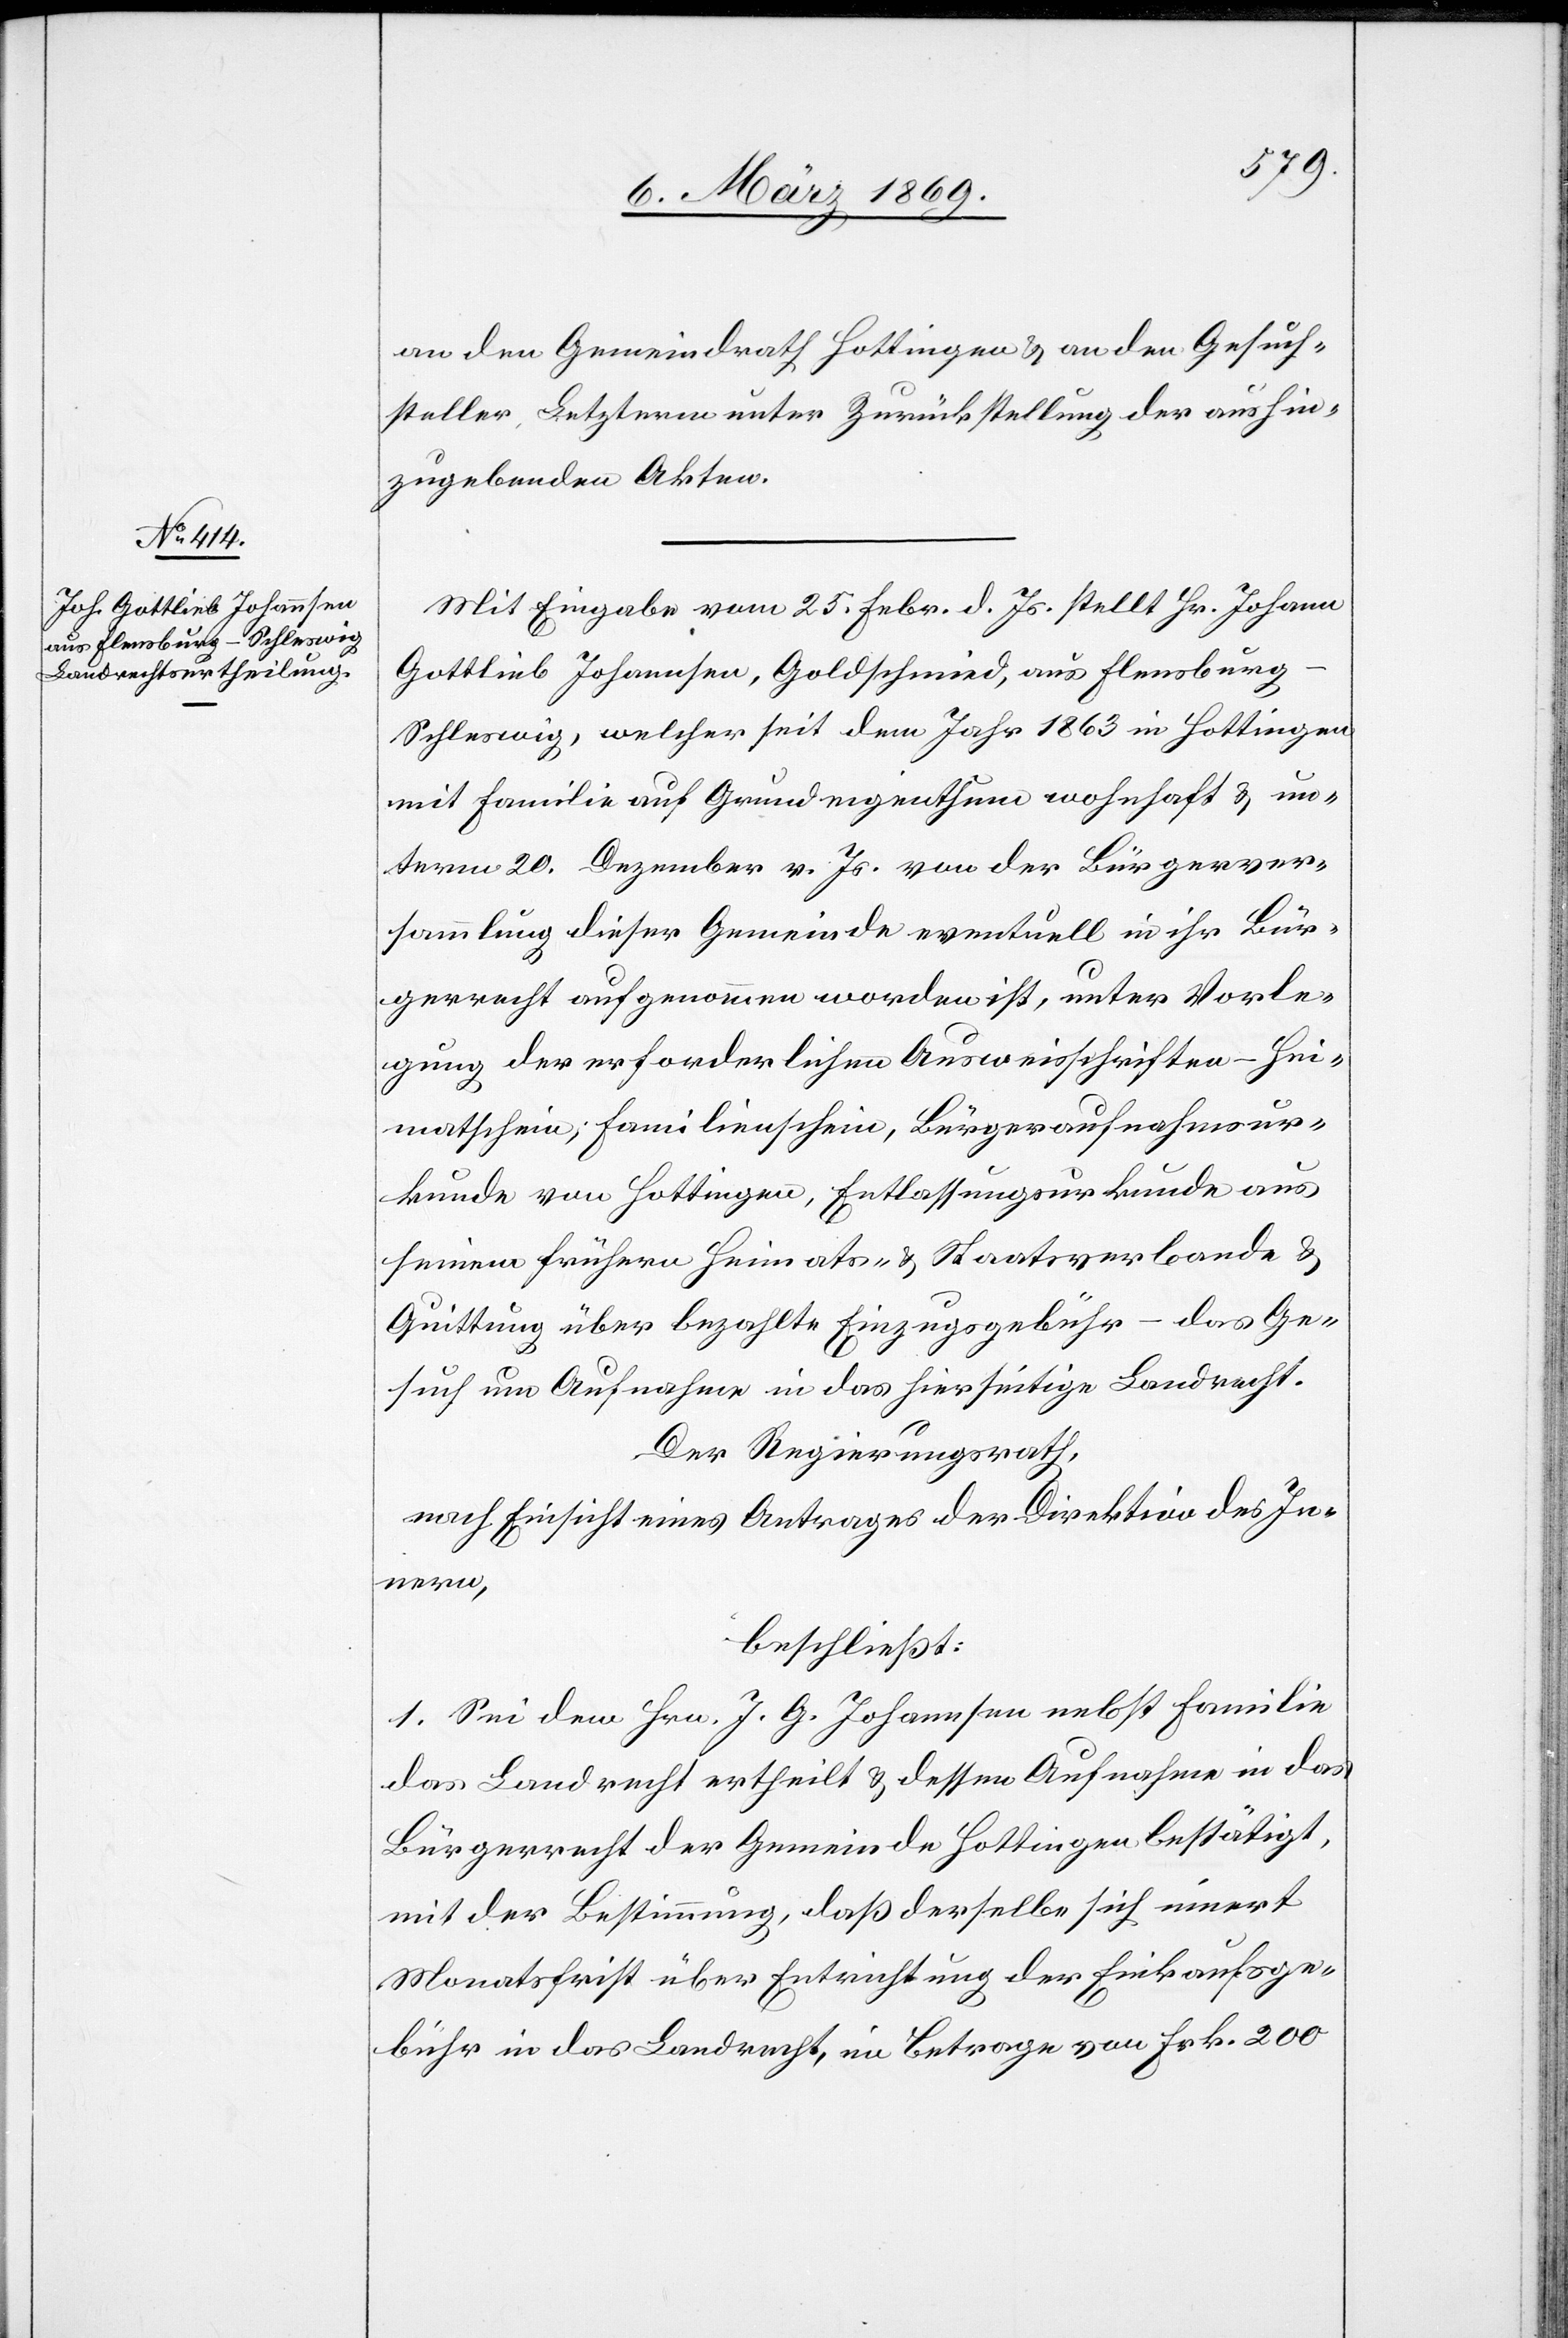
an den Gemeindrath Hottingen & an den Gesuch¬
steller, Letzterm unter Zurückstellung der aushin¬
zugebenden Akten.
Mit Eingabe vom 25. Febr. d. Js. stellt Hr. Johann
Gottlieb Johannsen, Goldschmied, aus Flensbur¬
g–Schleswig, welcher seit dem Jahr 1863 in Hottingen
mit Familie auf Grundeigenthum wohnhaft & un¬
term 20. Dezember v. Js. von der Bürgerver¬
sammlung dieser Gemeinde eventuell in ihr Bür¬
gerrecht aufgenommen worden ist, unter Vorle¬
gung der erforderlichen Ausweisschriften – Hei¬
matschein; Familienschein, Bürgeraufnahmsur¬
kunde von Hottingen, Entlassungsurkunde aus
seinem frühern Heimats- & Staatsverbande &
Quittung über bezahlte Einzugsgebühr – das Ge¬
such um Aufnahme in das hierseitige Landrecht.
Der Regierungsrath,
nach Einsicht eines Antrages der Direktion des In¬
nern,
beschließt:
1. Sei dem Hrn. J. G. Johannsen nebst Familie
das Landrecht ertheilt & dessen Aufnahme in das
Bürgerrecht der Gemeinde Hottingen bestätigt,
mit der Bestimmung, daß derselbe sich innert
Monatsfrist über Entrichtung der Einkaufsge¬
bühr in das Landrecht, im Betrage von Frk. 200